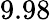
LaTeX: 9.98